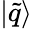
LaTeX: |\tilde{q}\rangle